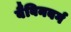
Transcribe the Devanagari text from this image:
बैबिनबर्ग